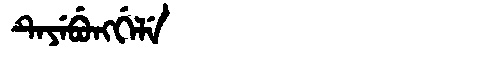
Manchu: ᡨᡝᠶᡝᠪᡠᠩᡤᡝᠯᡝ
Romanization: TEYEBUNGGELE